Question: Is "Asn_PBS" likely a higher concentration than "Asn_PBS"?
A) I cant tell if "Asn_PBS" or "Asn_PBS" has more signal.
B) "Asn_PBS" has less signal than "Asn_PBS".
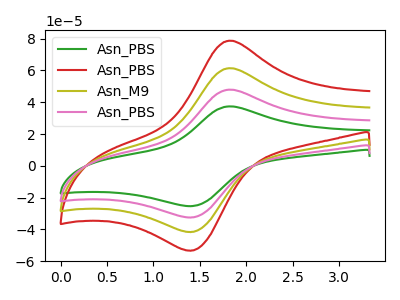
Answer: <think>The green curve "Asn_PBS" has an anodic peak at (1.85V, 37.40uA) and a cathodic peak at (1.45V, -25.25uA). The red curve "Asn_PBS" has an anodic peak at (1.85V, 143.85uA) and a cathodic peak at (1.45V, -97.00uA). The olive curve "Asn_M9" has an anodic peak at (1.85V, 95.90uA) and a cathodic peak at (1.45V, -64.65uA). The pink curve "Asn_PBS" has an anodic peak at (1.85V, 47.95uA) and a cathodic peak at (1.45V, -32.35uA).
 All the peaks in "Asn_PBS" have a peak in "Asn_PBS" at the same potential. Every peak in "Asn_PBS" is lower than every peak in "Asn_PBS".</think>
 <answer>B) "Asn_PBS" has less signal than "Asn_PBS".</answer>
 <eval>B</eval>